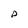
Character: D